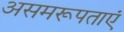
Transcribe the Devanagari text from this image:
असमरूपताएं